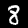
Digit: 8